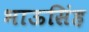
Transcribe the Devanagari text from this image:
भाऊसिंह